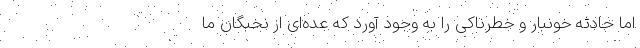
اما حادثه خونبار و خطرناکی را به وجود آورد که عده‌ای از نخبگان ما